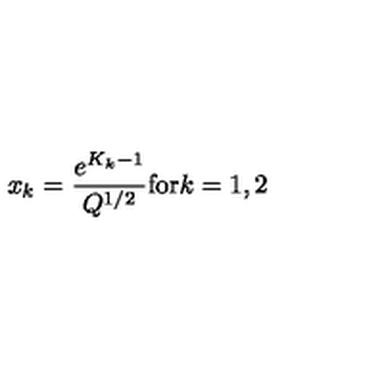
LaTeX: x _ { k } = \frac { e ^ { K _ { k } - 1 } } { Q ^ { 1 / 2 } } \mathrm { f o r } k = 1 , 2